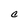
Character: C